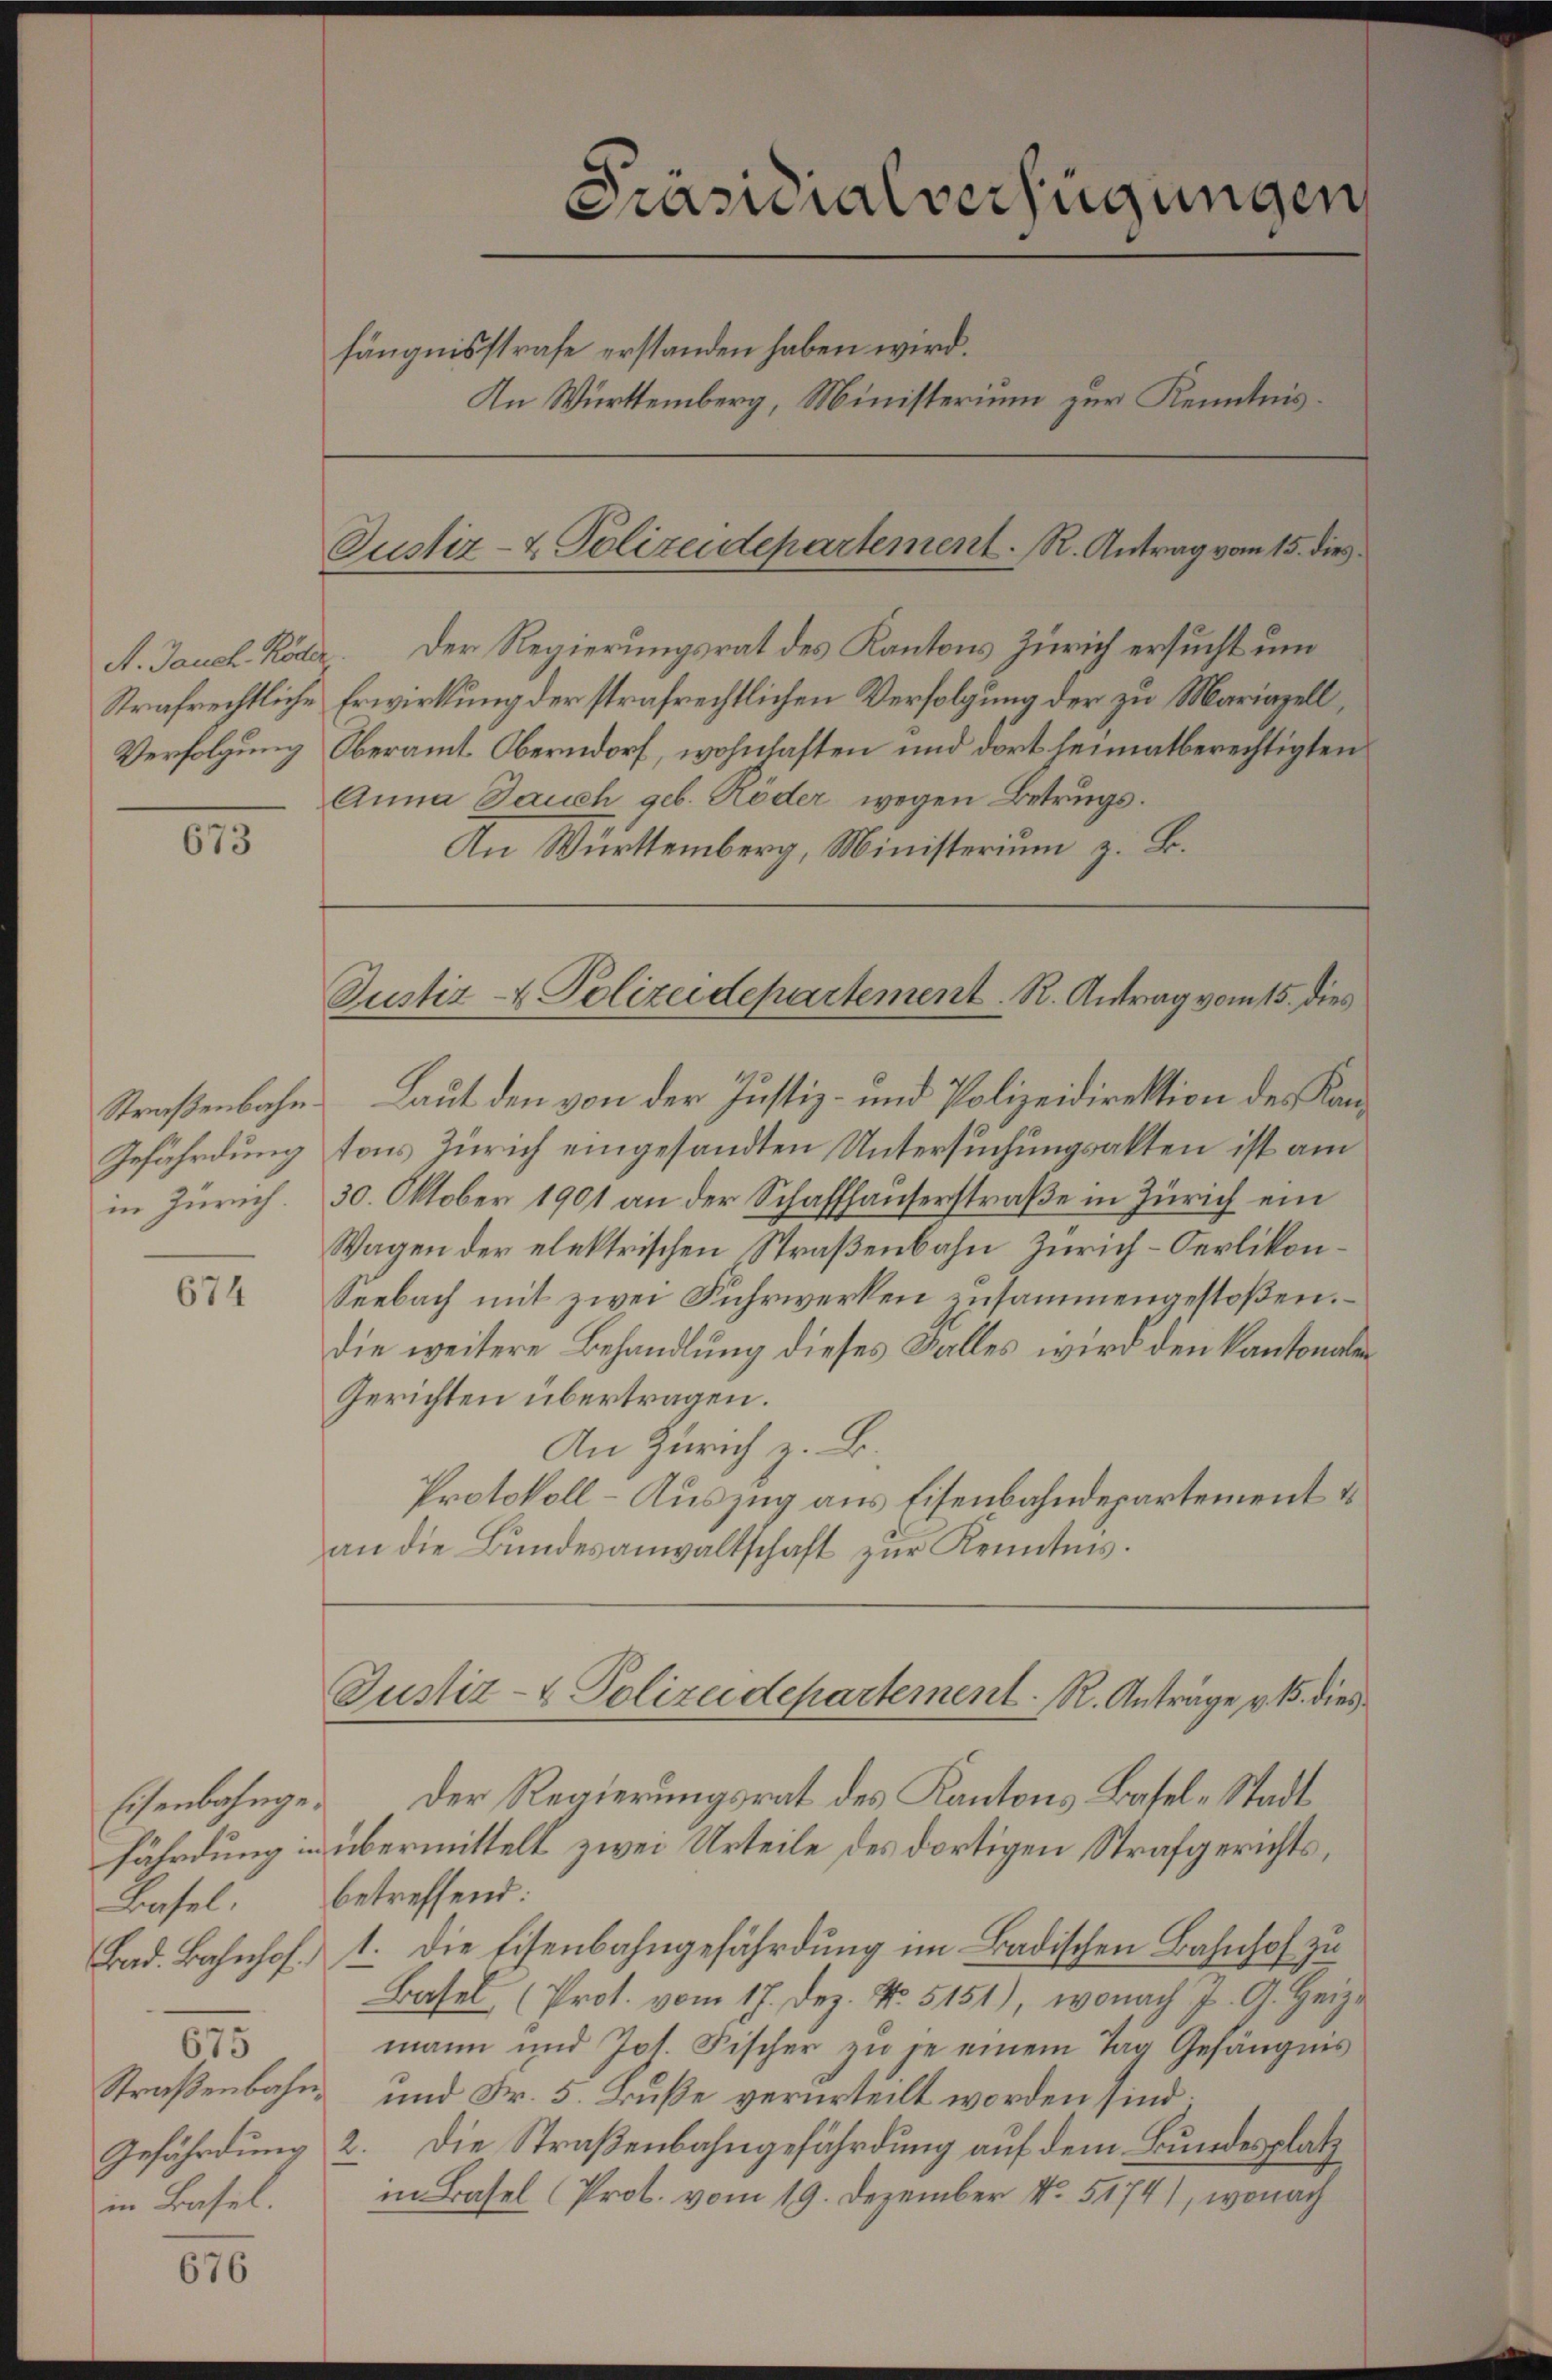
Verfolgung

673

Straßenbahn.
Gefährdung
in Zürich.

674

o
in Basel.

676

Präsidialverfügungen
fängnisstrafe erstanden haben wird.
In Württemberg, Ministerium zur Kenntnis.
Justiz- & Polizeidepartement. R. Antrag vom 15. dies

A. Jauch Köder. Der Regierungsrat des Kantons Zürich ersucht um
Strafrechtliche Erwirkung der strafrechtlichen Verfolgung der zu Mariazell,
Oberamt Oberndorf, wohnhaften und dort heimatberechtigten
Anna Jauch geb. Röder wegen Betrugs¬
An Württemberg, Ministerium z. B.

Justiz- & Polizeidepartement. R. Antrag vom 15. dies

Laut den von der Justiz- und Polizeidirektion des Kantons Zürich eingesandten Untersuchungsakten ist am
30. Oktober 1901 an der Schaffhauserstraße in Zürich ein
Wagen der elektrischen Straßenbahn Zürich-Oerlikon¬
Seebach mit zwei Fuhrwerken zusammengestoßen.
die weitere Behandlung dieses Falles wird den Kantonalen
Gerichten übertragen.
An Zürich z. B.
Protokoll-Auszug aus Eisenbahndepartement u
an die Bundesanwaltschaft zur Kenntnis.
Justiz- & Polizeidepartement. R. Anträge v. 15. dies
Eisenbahnge. Der Regierungsrat des Kantons Basel-Stadt
fährdung in übermittelt zwei Urteile des dortigen Strafgerichts¬
Basel. betreffend:
Bad. Bahnhof 1. Die Eisenbahngefährdung im Badischen Bahnhof zu
Basel (Prot. vom 17. Dez. No. 5151), wonach J. G. Heiz
mann und Jos. Fischer zu je einem Tag Gefängnis
Straßenbahn und Fr. 5. Buße verurteilt worden sind.
Gefährdung 2. Die Straßenbahngefährdung auf dem Bundesplatz
in Basel (Prot. vom 19. Dezember No. 5174), wonach